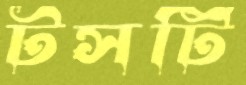
টসটি